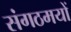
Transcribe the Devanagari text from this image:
संगठमयों